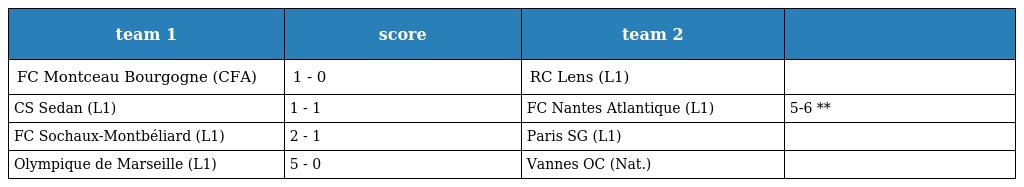
| team 1 | score | team 2 |  |
 | --- | --- | --- | --- |
 | FC Montceau Bourgogne (CFA) | 1 - 0 | RC Lens (L1) |  |
 | CS Sedan (L1) | 1 - 1 | FC Nantes Atlantique (L1) | 5-6 ** |
 | FC Sochaux-Montbéliard (L1) | 2 - 1 | Paris SG (L1) |  |
 | Olympique de Marseille (L1) | 5 - 0 | Vannes OC (Nat.) |  |